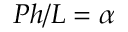
P h / L = \alpha